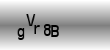
Text: gVr8B